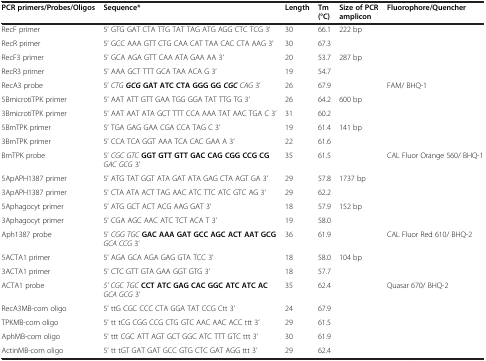
<table><thead><tr><td><b>PCR primers/Probes/Oligos</b></td><td><b>Sequence*</b></td><td><b>Length</b></td><td><b>Tm (°C)</b></td><td><b>Size of PCR amplicon</b></td><td><b>Fluorophore/Quencher</b></td></tr></thead><tbody><tr><td>RecF primer</td><td>5’ GTG GAT CTA TTG TAT TAG ATG AGG CTC TCG 3’</td><td>30</td><td>66.1</td><td rowspan="2">222 bp</td><td> </td></tr><tr><td>RecR primer</td><td>5’ GCC AAA GTT CTG CAA CAT TAA CAC CTA AAG 3’</td><td>30</td><td>67.3</td><td> </td></tr><tr><td>RecF3 primer</td><td>5’ GCA AGA GTT CAA ATA GAA AA 3’</td><td>20</td><td>53.7</td><td rowspan="2">287 bp</td><td> </td></tr><tr><td>RecR3 primer</td><td>5’ AAA GCT TTT GCA TAA ACA G 3’</td><td>19</td><td>54.7</td><td> </td></tr><tr><td>RecA3 probe</td><td>5’ <i>CTG</i><b><i>GCG </i></b><b>GAT ATC CTA GGG GG </b><b><i>CGC</i></b><i>CAG</i> 3’</td><td>26</td><td>67.9</td><td> </td><td>FAM/ BHQ-1</td></tr><tr><td>5BmicrotiTPK primer</td><td>5’ AAT ATT GTT GAA TGG GGA TAT TTG TG 3’</td><td>26</td><td>64.2</td><td rowspan="2">600 bp</td><td> </td></tr><tr><td>3BmicrotiTPK primer</td><td>5’ AAT AAT ATA GCT TTT CCA AAA TAT AAC TGA C 3’</td><td>31</td><td>60.2</td><td> </td></tr><tr><td>5BmTPK primer</td><td>5’ TGA GAG GAA CGA CCA TAG C 3’</td><td>19</td><td>61.4</td><td rowspan="2">141 bp</td><td> </td></tr><tr><td>3BmTPK primer</td><td>5’ CCA TCA GGT AAA TCA CAC GAA A 3’</td><td>22</td><td>61.6</td><td> </td></tr><tr><td>BmTPK probe</td><td>5’ <i>CGC GTC</i><b>GGT GTT GTT GAC CAG CGG CCG CG</b><i>GAC GCG</i> 3’</td><td>35</td><td>61.5</td><td> </td><td>CAL Fluor Orange 560/ BHQ-1</td></tr><tr><td>5ApAPH1387 primer</td><td>5’ ATG TAT GGT ATA GAT ATA GAG CTA AGT GA 3’</td><td>29</td><td>57.8</td><td rowspan="2">1737 bp</td><td> </td></tr><tr><td>3ApAPH1387 primer</td><td>5’ CTA ATA ACT TAG AAC ATC TTC ATC GTC AG 3’</td><td>29</td><td>62.2</td><td> </td></tr><tr><td>5Aphagocyt primer</td><td>5’ ATG GCT ACT ACG AAG GAT 3’</td><td>18</td><td>57.9</td><td rowspan="2">152 bp</td><td> </td></tr><tr><td>3Aphagocyt primer</td><td>5’ CGA AGC AAC ATC TCT ACA T 3’</td><td>19</td><td>58.0</td><td> </td></tr><tr><td>Aph1387 probe</td><td>5’ <i>CGG TGC</i><b>GAC AAA GAT GCC AGC ACT AAT GCG</b><i>GCA CCG</i> 3’</td><td>36</td><td>61.9</td><td> </td><td>CAL Fluor Red 610/ BHQ-2</td></tr><tr><td>5ACTA1 primer</td><td>5’ AGA GCA AGA GAG GTA TCC 3’</td><td>18</td><td>58.0</td><td rowspan="2">104 bp</td><td> </td></tr><tr><td>3ACTA1 primer</td><td>5’ CTC GTT GTA GAA GGT GTG 3’</td><td>18</td><td>57.7</td><td> </td></tr><tr><td>ACTA1 probe</td><td><i>5’ CGC TGC</i><b>CCT ATC GAG CAC GGC ATC ATC AC</b><i>GCA GCG</i> 3’</td><td>35</td><td>62.4</td><td> </td><td>Quasar 670/ BHQ-2</td></tr><tr><td>RecA3MB-com oligo</td><td>5’ ttG CGC CCC CTA GGA TAT CCG Ctt 3’</td><td>24</td><td>67.9</td><td> </td><td> </td></tr><tr><td>TPKMB-com oligo</td><td>5’ tt tCG CGG CCG CTG GTC AAC AAC ACC ttt 3’</td><td>29</td><td>61.5</td><td> </td><td> </td></tr><tr><td>AphMB-com oligo</td><td>5’ ttt CGC ATT AGT GCT GGC ATC TTT GTC ttt 3’</td><td>30</td><td>61.9</td><td> </td><td> </td></tr><tr><td>ActinMB-com oligo</td><td>5’ tt tGT GAT GAT GCC GTG CTC GAT AGG ttt 3’</td><td>29</td><td>62.4</td><td> </td><td> </td></tr></tbody></table>